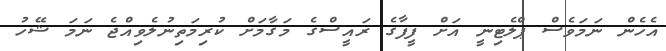
އެހެން ނަމަވެސް ޕްލެޓިނީ އަށް ފީފާގެ ރައީސްގެ މަގާމަށް ކުރިމަތިނުލެވިއްޖެ ނަމަ ޝޭހު